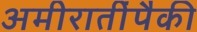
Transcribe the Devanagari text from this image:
अमीरातींपैकी